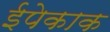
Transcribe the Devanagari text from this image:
ईपेकाक